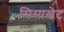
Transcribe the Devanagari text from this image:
सिसाखेट